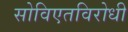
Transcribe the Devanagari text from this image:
सोविएतविरोधी